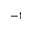
^ { - 1 }